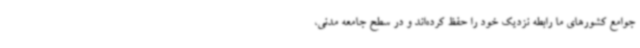
جوامع کشورهای ما رابطه نزدیک خود را حفظ کرده‌اند و در سطح جامعه مدنی،